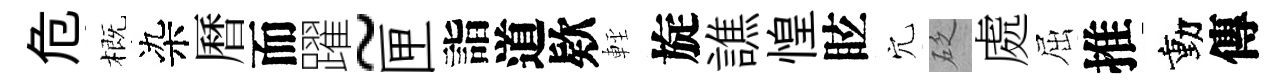
危概染曆而躍~匣詣道欵䡖旋譙惶眩穴砭處屈推動傳